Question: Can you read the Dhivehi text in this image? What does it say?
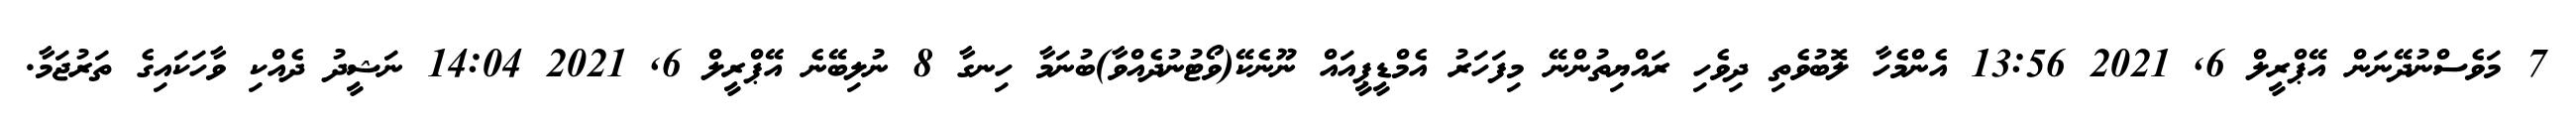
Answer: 7 މަވެސްނުދޭނަން އޭޕްރީލް 6, 2021 13:56 އެންމެހާ ލޮބުވެތި ދިވެހި ރައްޔިތުންނޭ މިފަހަރު އެމްޑީޕީއައް ނޫނެކޭ(ވޯޓުނުދެއްވާ)ބުނަމާ ހިނގާ 8 ނުލިބޭނެ އޭޕްރީލް 6, 2021 14:04 ނަޝީދު ދެއްކި ވާހަކައިގެ ތަރުޖަމާ.